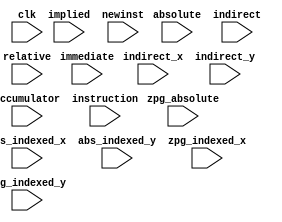
module modePrinter(
            input clk,
            input immediate, 
            input absolute, 
            input zpg_absolute,
            input implied,
            input accumulator, 
            input abs_indexed_x,
            input abs_indexed_y,
            input zpg_indexed_x,
            input zpg_indexed_y,
            input indirect,
            input indirect_x,
            input indirect_y,
            input relative,
            input [7:0]instruction,
            input newinst
);


wire unknown = !immediate && !absolute && !zpg_absolute && !implied && !accumulator
               && !abs_indexed_x && !abs_indexed_y && !zpg_indexed_x && !zpg_indexed_y
               && !indirect && !indirect_x && !indirect_y && !relative;

always @(posedge clk)begin
    if (newinst) begin
    if (immediate)
        $display("immediate %x", instruction);
    if (absolute)
        $display("absolute %x", instruction);
    if (zpg_absolute)
        $display("zpg_absolute %x", instruction);
   if (implied)
        $display("implied %x", instruction);
   if (accumulator)
        $display("accumulator %x", instruction);
   if (abs_indexed_x)
        $display("abs_indexed_x %x", instruction);
   if (abs_indexed_y)
        $display("abs_indexed_y %x", instruction);
   if (zpg_indexed_x)
        $display("zpg_indexed_x %x", instruction);
   if (zpg_indexed_y)
        $display("zpg_indexed_y %x", instruction);
   if (indirect)
        $display("indirect %x", instruction);
   if (indirect_x)
        $display("indirect_x %x", instruction);
   if (indirect_y)
        $display("indirect_y %x", instruction);
    if (relative)
        $display("relative %x", instruction);
   if (unknown)
        $display("unknown %x", instruction);
   end
end


endmodule